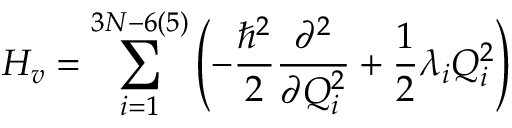
H _ { v } = \sum _ { i = 1 } ^ { 3 N - 6 ( 5 ) } \left( - \frac { \hbar ^ { 2 } } { 2 } \frac { \partial ^ { 2 } } { \partial Q _ { i } ^ { 2 } } + \frac { 1 } { 2 } \lambda _ { i } Q _ { i } ^ { 2 } \right)